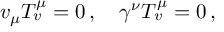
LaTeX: v _ { \mu } T _ { v } ^ { \mu } = 0 \, , \quad \gamma ^ { \nu } T _ { v } ^ { \mu } = 0 \, ,